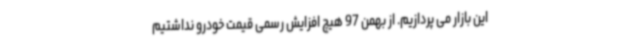
این بازار می پردازیم. از بهمن 97 هیچ افزایش رسمی قیمت خودرو نداشتیم